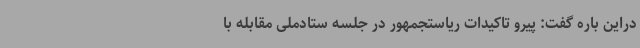
دراین باره گفت: پیرو تاکیدات ریاستجمهور در جلسه ستادملی مقابله با